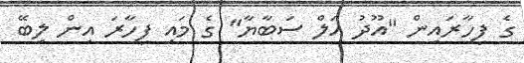
ގެ ފިހާރައިން "އޫދު އަލް ސަބާޔާ" ގެ މައި ފިހާރަ އިން ލިބޭ